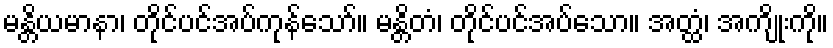
မန္တိယမာနာ၊ တိုင်ပင်အပ်ကုန်သော်။ မန္တိတံ၊ တိုင်ပင်အပ်သော။ အတ္ထံ၊ အကျိုးကို။